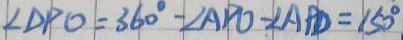
\angle D P O = 3 6 0 ^ { \circ } - \angle A D O - \angle A P D = 1 5 0 ^ { \circ }